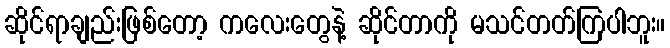
ဆိုင်ရာချည်းဖြစ်တော့ ကလေးတွေနဲ့ ဆိုင်တာကို မသင်တတ်ကြပါဘူး။